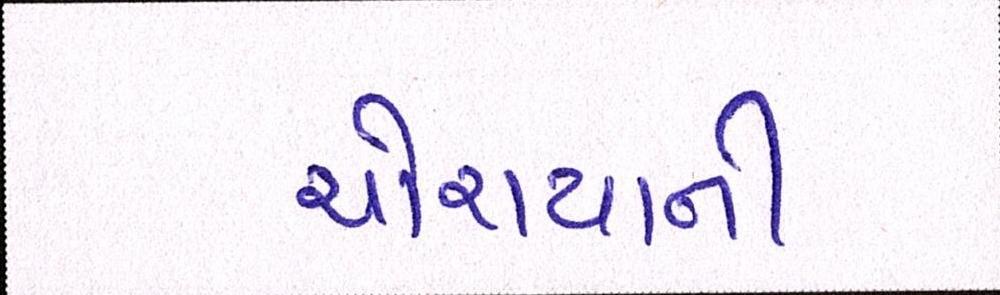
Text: ચોરાયાની